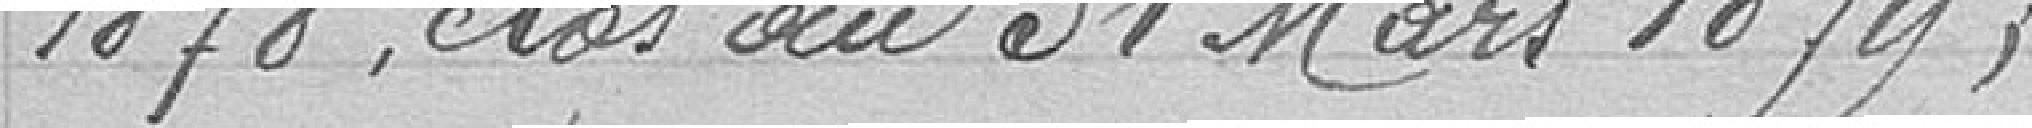
1878, clos le 31 Mars 1879,